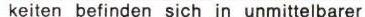
keiten befinden sich in unmittelbarer